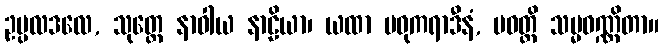
ဥပ္ပလဒလေ, သုတ္တေ နာဝါယ နာဠိယာ၊ ယထာ မဓုကရာဒီနံ, ပဝတ္တိ သမ္မဝဏ္ဏိတာ။